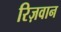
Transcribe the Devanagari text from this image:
रिज़वान